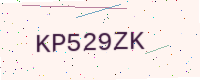
Text: KP529ZK